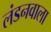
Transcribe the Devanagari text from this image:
लंडनवाला